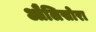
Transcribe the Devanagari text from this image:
औलिसोरा